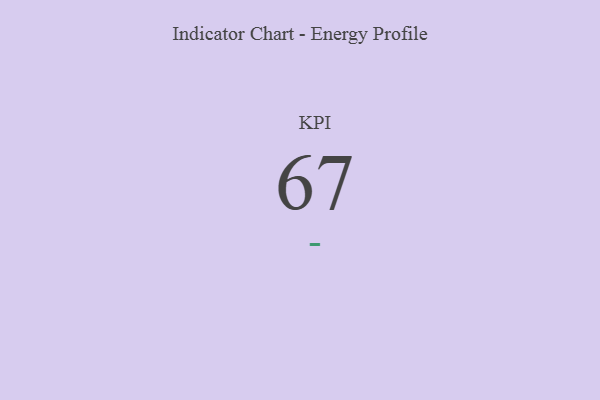
{"axis": {"x": "KPI", "y": "Value"}, "legend": [""], "data": [{"x": "KPI", "y": 67, "type": ""}]}